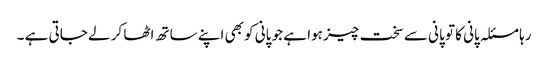
رہا مسئلہ پانی کا تو پانی سے سخت چیز ہوا ہے جو پانی کو بھی اپنے ساتھ اٹھا کر لے جاتی ہے ۔